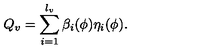
Q _ { v } = \sum _ { i = 1 } ^ { l _ { v } } \beta _ { i } ( \phi ) \eta _ { i } ( \phi ) .